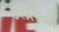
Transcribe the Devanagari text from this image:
उत्प्रेरेकों